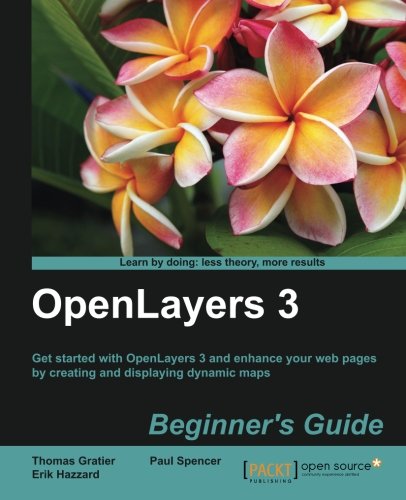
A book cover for OpenLayers 3 Beginner s Guide; Thomas Gratier; Computers & Technology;